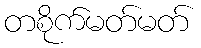
တစိုက်မတ်မတ်